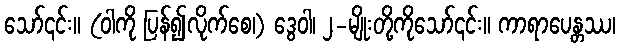
သော်၎င်း။ (ဝါကို ပြန်၍လိုက်စေ၊) ဒွေဝါ၊ ၂-မျိုးတို့ကိုသော်၎င်း။ ကာရာပေန္တဿ၊